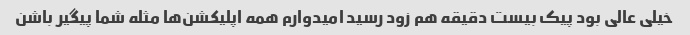
خیلی عالی بود پیک بیست دقیقه هم زود رسید امیدوارم همه اپلیکشن‌ها مثله شما پیگیر باشن